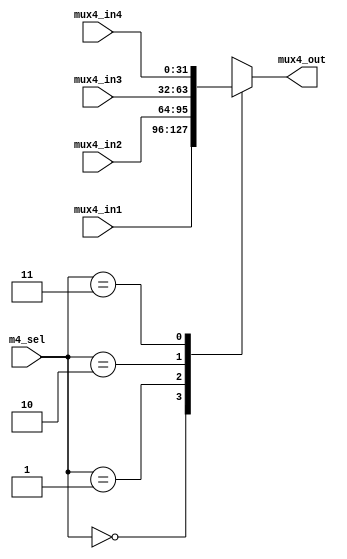
`default_nettype none
`timescale 1ns / 1ps

module MUX32_4(
    input wire[1:0] m4_sel, 
    input wire[31:0] mux4_in1,
    input wire[31:0] mux4_in2,
    input wire[31:0] mux4_in3,
    input wire[31:0] mux4_in4,
    output reg[31:0] mux4_out    
    );
    always @* begin
     case(m4_sel[1:0])
      2'b00: mux4_out = mux4_in1;
      2'b01: mux4_out = mux4_in2;
      2'b10: mux4_out = mux4_in3;
      2'b11: mux4_out = mux4_in4;
     endcase
    end
endmodule